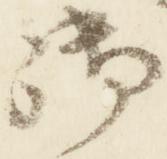
御